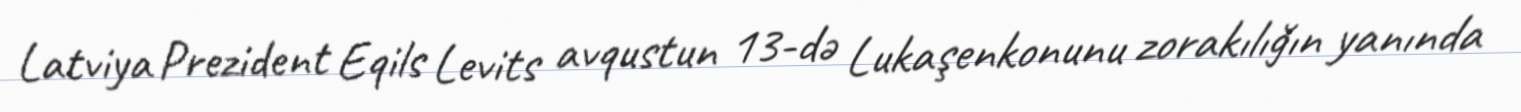
Latviya Prezident Eqils Levits avqustun 13-də Lukaşenkonunu zorakılığın yanında